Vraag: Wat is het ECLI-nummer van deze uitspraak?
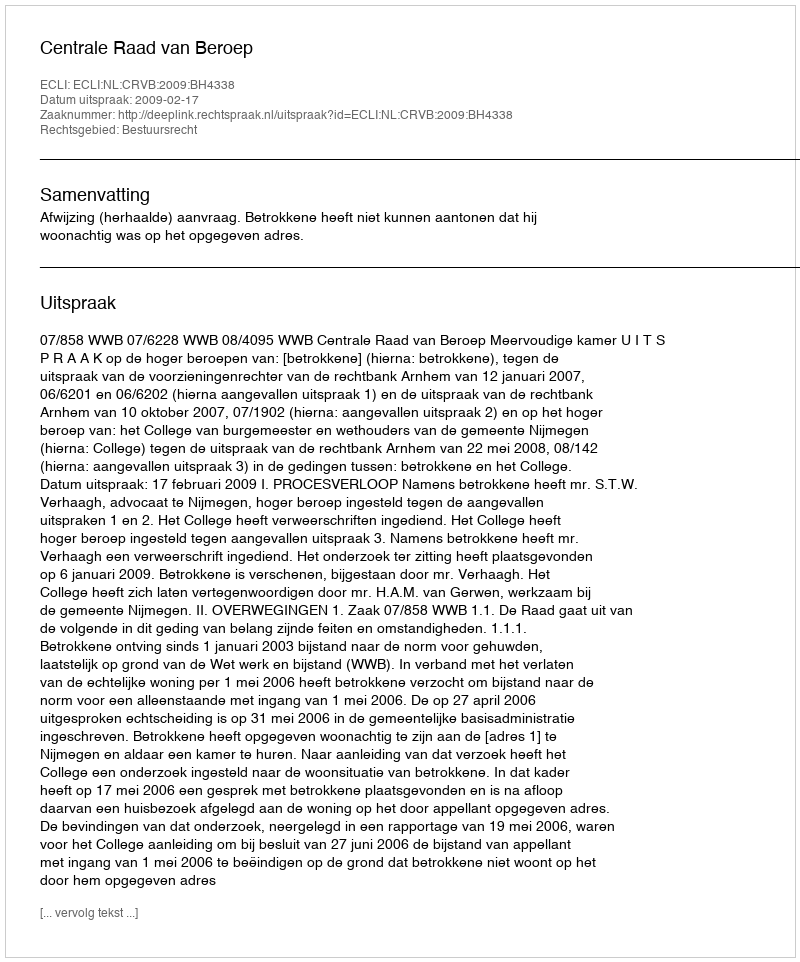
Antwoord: ECLI:NL:CRVB:2009:BH4338